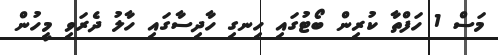
މަސް 1 ހަފްތާ ކުރިން ބޯޓުގައި ހިނގި ހާދިސާގައި ހާލު ދެރަވި މީހުން